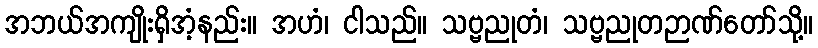
အဘယ်အကျိုးရှိအံ့နည်း။ အဟံ၊ ငါသည်။ သဗ္ဗညုတံ၊ သဗ္ဗညုတဉာဏ်တော်သို့။